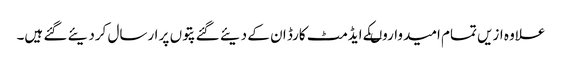
علاوہ ازیں تمام امیدواروںکے ایڈمٹ کارڈ ان کے دیئے گئے پتوں پر ارسال کردیئے گئے ہیں۔